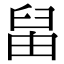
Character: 𦥪